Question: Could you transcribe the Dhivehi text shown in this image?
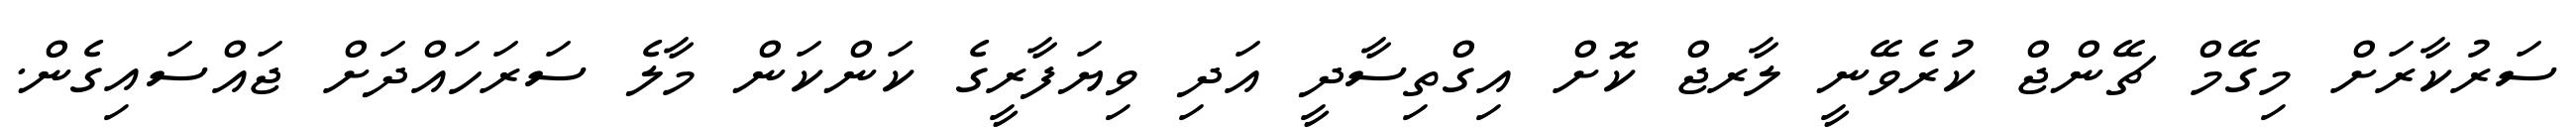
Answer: ސަރުކާރަށް މިގޭމް ޗޭންޖް ކުރެވޭނީ ލާރޖް ކޮށް އިގްތިސާދީ އަދި ވިޔަފާރީގެ ކަންކަން މާލެ ސަރަހައްދަށް ޖައްސައިގެން.